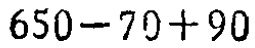
$650 - 70 + 90$